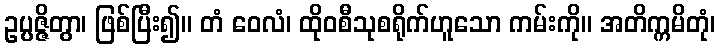
ဥပ္ပဇ္ဇိတွာ၊ ဖြစ်ပြီး၍။ တံ ဝေလံ၊ ထိုဝစီသုစရိုက်ဟူသော ကမ်းကို။ အတိက္ကမိတုံ၊